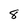
Character: 8